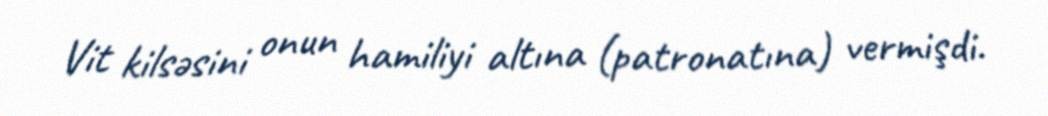
Vit kilsəsini onun hamiliyi altına (patronatına) vermişdi.